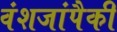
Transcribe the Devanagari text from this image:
वंशजांपैकी